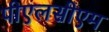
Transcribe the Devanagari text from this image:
पीएलसीएम